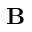
\mathbf { B }